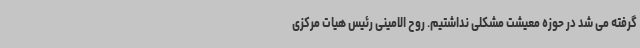
گرفته می شد در حوزه معیشت مشکلی نداشتیم. روح الامینی رئیس هیات مرکزی